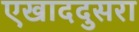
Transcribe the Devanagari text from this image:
एखाददुसरा